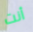
أنت